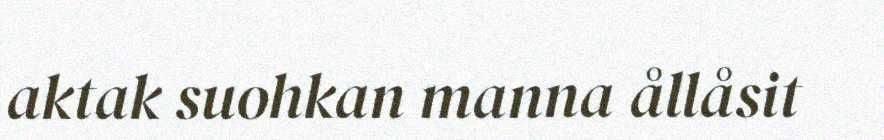
aktak suohkan manna ållåsit